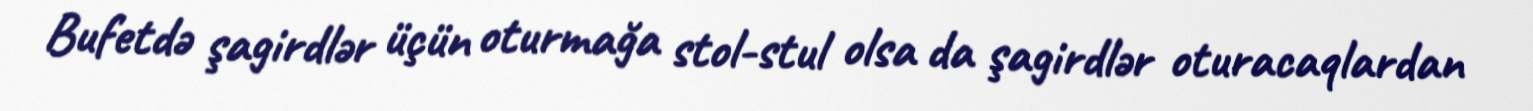
Bufetdə şagirdlər üçün oturmağa stol-stul olsa da şagirdlər oturacaqlardan